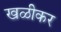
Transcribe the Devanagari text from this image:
खळीकर